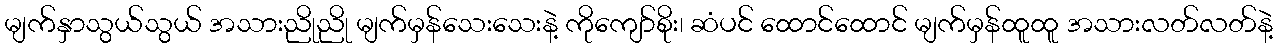
မျက်နှာသွယ်သွယ် အသားညိုညို မျက်မှန်သေးသေးနဲ့ ကိုကျော်စိုး၊ ဆံပင် ထောင်ထောင် မျက်မှန်ထူထူ အသားလတ်လတ်နဲ့